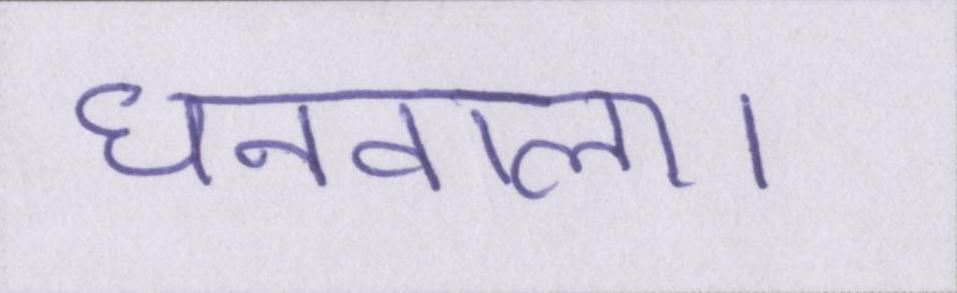
धनवाला।